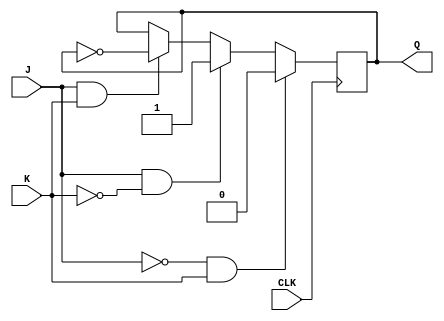
module JK_FlipFlop(
    output Q,
    input  J,
    input  K,
    input  CLK,
  );

  always @(posedge CLK) begin
    if(J==1'b0 && K==1'b1) begin
      Q <= 'b0;
    end
    else if(J==1'b1 && K==1'b0) begin
      Q <= 1'b1;
    end
    else if(J==1'b1 & K==1'b1) begin
      Q <= ~Q;
    end
  end

endmodule